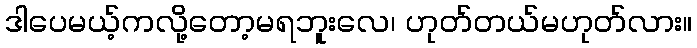
ဒါပေမယ့်ကလို့တော့မရဘူးလေ၊ ဟုတ်တယ်မဟုတ်လား။